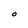
Character: O